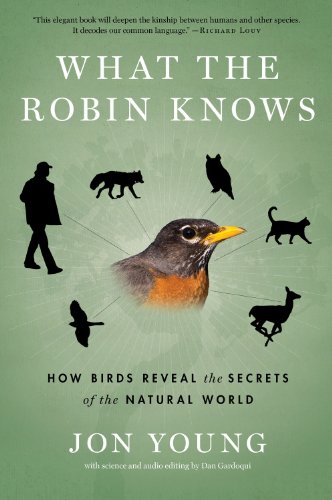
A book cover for What the Robin Knows: How Birds Reveal the Secrets of the Natural World; Jon Young; Science & Math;